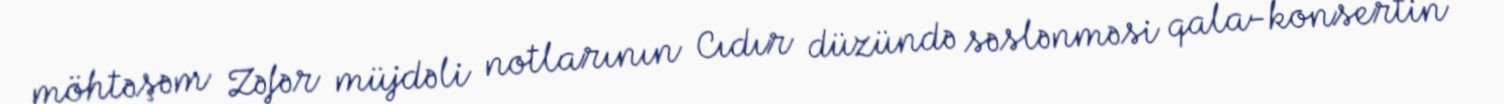
möhtəşəm Zəfər müjdəli notlarının Cıdır düzündə səslənməsi qala-konsertin